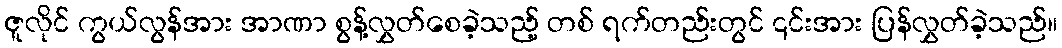
ဇူလိုင် ကွယ်လွန်အား အာဏာ စွန့်လွှတ်စေခဲ့သည့် တစ် ရက်တည်းတွင် ၎င်းအား ပြန်လွှတ်ခဲ့သည်။